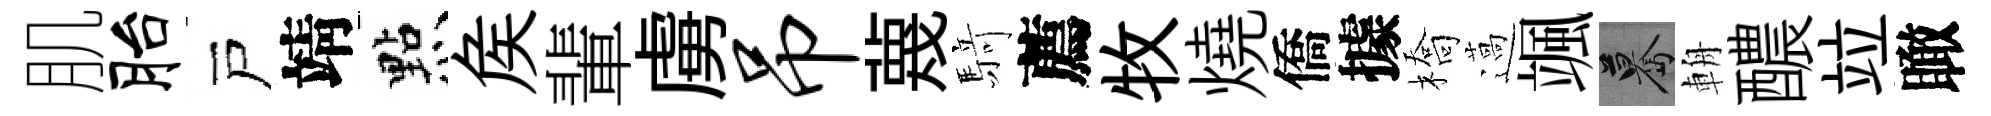
肌胎戸靖㸃矦輩虜吊蔑𮪍薦牧燒僑據橋薖颯驀輈醲竝瞰